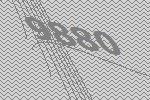
9880